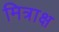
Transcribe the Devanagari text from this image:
मित्राक्ष